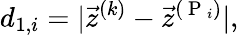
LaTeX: d_{1,i}=|\vec{z}^{(k)}-\vec{z}^{(\mathrm{~P~}_{i})}|,